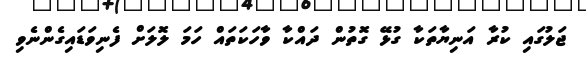
ޖަލުގައި ކުރާ އަނިޔާތަކާ ގުޅޭ ގޮތުން ދައްކާ ވާހަކަތައް ހަމަ ލޮލަށް ފެނިވަޑައިގެންނެވި